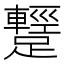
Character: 𨆪